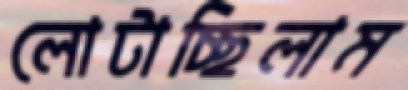
লোটাচ্ছিলাম